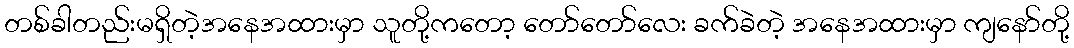
တစ်ခါတည်းမရှိတဲ့အနေအထားမှာ သူတို့ကတော့ တော်တော်လေး ခက်ခဲတဲ့ အနေအထားမှာ ကျနော်တို့